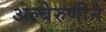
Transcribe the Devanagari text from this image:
अल्बेरुणीने